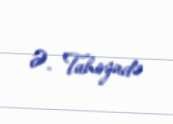
Ə. Tahirzadə